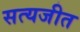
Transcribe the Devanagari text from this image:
सत्‍यजीत